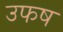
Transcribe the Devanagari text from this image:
उफष